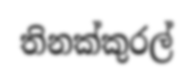
තිනක්කුරල්